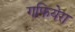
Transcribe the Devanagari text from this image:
गफियेरा